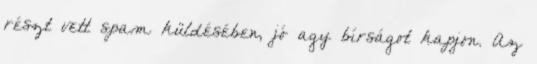
részt vett spam küldésében, jó agy bírságot kapjon. Az